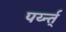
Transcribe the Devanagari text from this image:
पर्य्न्त्